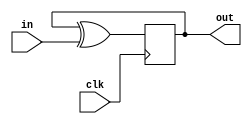
module top_module (
    input clk,
    input in, 
    output out);

always @(posedge clk) begin
out <= out^in;
end

endmodule